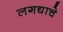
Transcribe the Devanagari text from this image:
लगद्याचे